Civil Veterinary Dept. North-West Frontier Province 1901-22 - 1901-1922
Year: 1901
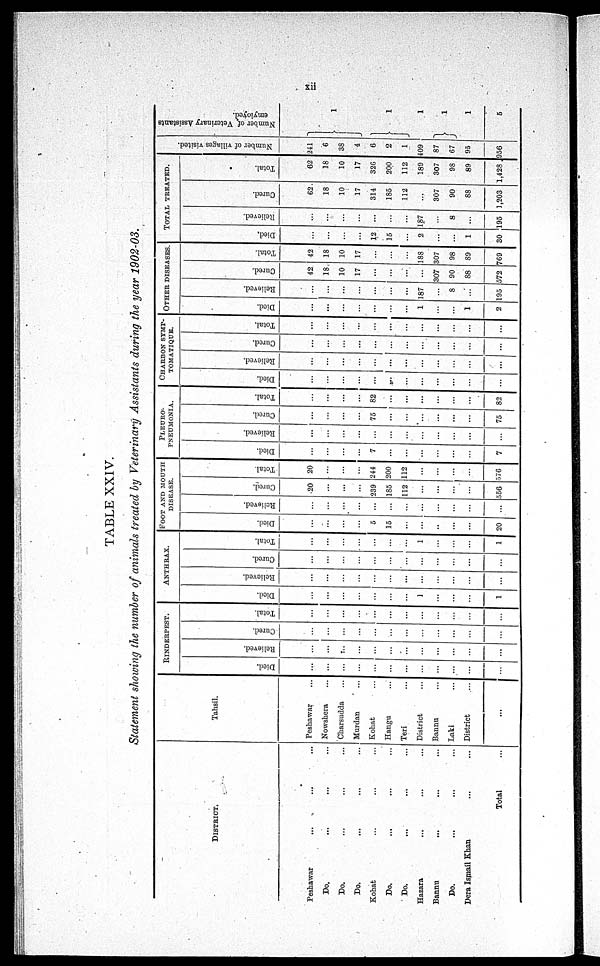
xii
TABLE XXIV.
Statement showing the number of animals treated by Veterinary Assistants during the year 1902-03.
DISTRICT.
Peshawar ... ... ...
Do. ... ... ...
Do. ... ... ...
Do. ... ... ...
Kohat ... ... ...
Do. ... ... ...
Do. ... ... ...
Hazara ... ... ...
Bannu ... ... ...
Do. ... ... ...
Dera Ismail Khan ... ...
Total ...
Tahsil.
Peshawar ...
Nowshera ...
Charsudda ...
Murdan ...
Kohat ...
Hangu ...
Teri ...
District ...
Bannu ...
Laki ...
District ...
...
RINDERPEST.
Di ed.
...
...
...
...
...
...
...
...
...
...
...
...
Rel i
eved.
...
...
...
...
...
...
...
...
...
...
...
...
Cur ed.
...
...
...
...
...
...
...
...
...
...
...
...
Tot al .
...
...
...
...
...
...
...
...
...
...
...
...
ANTHRAX.
Di ed.
...
...
...
...
...
...
...
1
...
...
...
1
Rel i
eved.
...
...
...
...
...
...
...
...
...
...
...
...
Cur ed.
...
...
...
...
...
...
...
...
...
...
...
...
Tot al .
...
...
...
...
...
...
...
1
...
...
...
1
FOOT AND MOUTH
DISEASE.
Di ed.
...
...
...
...
5
15
...
...
...
...
...
20
Rel i
eved.
...
...
...
...
...
...
...
...
...
...
...
...
Cur ed.
20
...
...
...
239
18
112
...
...
...
...
556
Tot al .
20
...
...
...
244
200
112
...
...
...
...
576
PLEURO-
----------
Di ed.
...
...
...
...
7
...
...
...
...
...
...
7
Rel i
eved.
...
...
...
...
...
...
...
...
...
...
...
...
Cur ed.
...
...
...
...
75
...
...
...
...
...
...
75
Tot al .
...
...
...
...
82
...
...
...
...
...
...
82
CHARBON
SYMP-
TOMATIQUE.
Di ed.
...
...
...
...
...
...
...
...
...
...
...
...
Rel i
eved.
...
...
...
...
...
...
...
...
...
...
...
...
Cur ed.
...
...
...
...
...
...
...
...
...
...
...
...
Tot al .
...
...
...
...
...
...
...
...
...
...
...
...
OTHER
DISEASES.
Di ed.
...
...
...
...
...
...
...
1
...
...
1
...
Rel i
eved.
...
...
...
...
...
...
...
187
...
8
...
195
Cured.
42
18
10
17
...
...
...
...
307
90
88
572
Tot al .
42
18
10
17
...
...
...
188
307
98
89
769
TOTAL
TREATED.
Died.
...
...
...
...
12
15
...
2
...
...
1
30
Rel i
eved.
...
...
...
...
...
...
...
187
...
8
...
195
Cur ed.
62
18
10
17
314
185
112
...
307
90
88
1,203
Tot al .
62
18
10
17
326
200
112
189
307
98
89
1,428
Number of villages visited.
241
6
38
4
6
2
1
409
87
67
95
956
Nu mb e r of Vet er i
nar y As s i
s t
ant s
emyloyed.
1
1
1
1
1
5